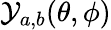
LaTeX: \mathcal{Y}_{a,b}(\theta,\phi)